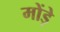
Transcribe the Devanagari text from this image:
मोंड़े